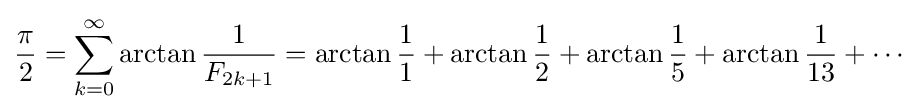
{\frac {\pi }{2}}=\sum _{k=0}^{\infty }\arctan {\frac {1}{F_{2k+1}}}=\arctan {\frac {1}{1}}+\arctan {\frac {1}{2}}+\arctan {\frac {1}{5}}+\arctan {\frac {1}{13}}+\cdots